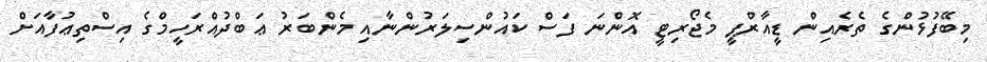
މިބޭފުޅުންގެ ތެރެއިން ޑީއާރްޕީ މެޖޯރިޓީ އޮންނަ ފަސް ކައުންސިލަރުންނާއި މެންބަރު ޢަބްދުއްރަހީމްގެ އިސްތިޢުފާއަށް